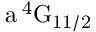
\mathrm { a \, ^ { 4 } G _ { 1 1 / 2 } }